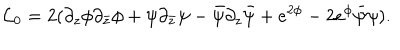
LaTeX: { \cal L } _ { 0 } = 2 ( \partial _ { z } \phi \partial _ { \bar { z } } \phi + \psi \partial _ { \bar { z } } \psi - \bar { \psi } \partial _ { z } \bar { \psi } + e ^ { 2 \phi } - 2 e ^ { \phi } \bar { \psi } \psi ) .